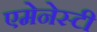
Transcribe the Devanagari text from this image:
एमेनेस्टी